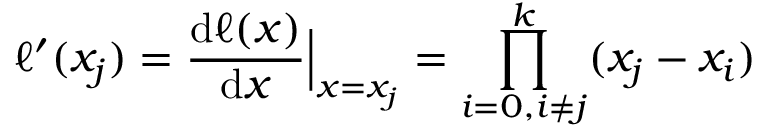
\ell ^ { \prime } ( x _ { j } ) = { \frac { \mathrm { d } \ell ( x ) } { \mathrm { d } x } } { \Big | } _ { x = x _ { j } } = \prod _ { i = 0 , i \neq j } ^ { k } ( x _ { j } - x _ { i } )